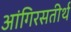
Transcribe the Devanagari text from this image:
आंगिरसतीर्थ